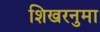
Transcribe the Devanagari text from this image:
शिखरनुमा